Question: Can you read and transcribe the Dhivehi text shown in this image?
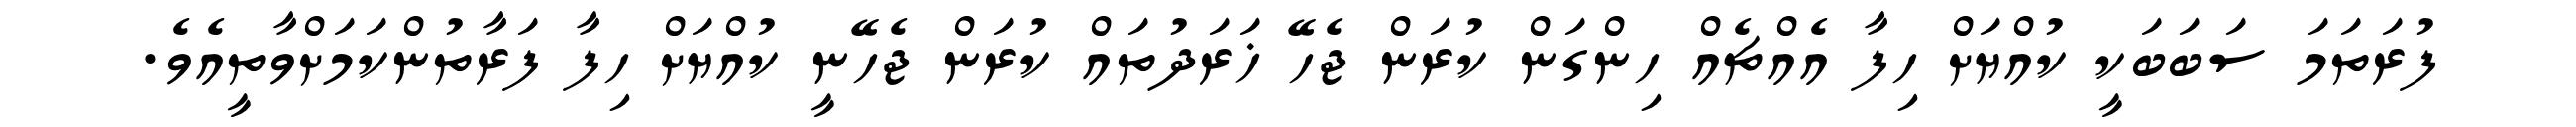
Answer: ފުރަތަމަ ސަބަބަކީ ކުއްޔަށް ހިފާ އެއްޗެއް ހިންގަން ކުރަން ޖެހޭ ޚަރަދުތައް ކުރަން ޖެހޭނީ ކުއްޔަށް ހިފާ ފަރާތުންކަމަށްވާތީއެވެ.